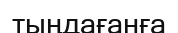
тыңдағанға